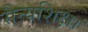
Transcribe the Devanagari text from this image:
सैन्यशिक्षा